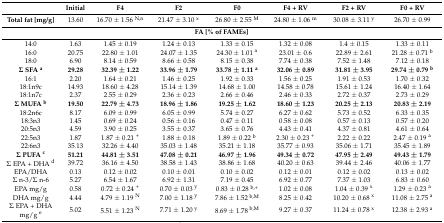
<table><thead><tr><td></td><td><b>Initial</b></td><td><b>F4</b></td><td><b>F2</b></td><td><b>F0</b></td><td><b>F4 + RV</b></td><td><b>F2 + RV</b></td><td><b>F0 + RV</b></td></tr></thead><tbody><tr><td><b>Total fat [mg/g]</b></td><td>13.60</td><td>16.70 ± 1.56 <sup>N,n</sup></td><td>21.47 ± 3.10 <sup>x</sup></td><td>26.80 ± 2.55 <sup>M</sup></td><td>24.80 ± 1.06 <sup>m</sup></td><td>30.08 ± 3.11 <sup>y</sup></td><td>26.70 ± 0.99</td></tr><tr><td colspan="8"><b>FA [% of FAMEs]</b></td></tr><tr><td>14:0</td><td>1.63</td><td>1.45 ± 0.19</td><td>1.24 ± 0.13</td><td>1.33 ± 0.15</td><td>1.32 ± 0.08</td><td>1.4 ± 0.15</td><td>1.33 ± 0.11</td></tr><tr><td>16:0</td><td>20.75</td><td>22.80 ± 1.01</td><td>24.07 ± 1.35</td><td>24.30 ± 1.01 <sup>a</sup></td><td>23.01 ± 0.6</td><td>22.89 ± 2.61</td><td>21.28 ± 0.71 <sup>b</sup></td></tr><tr><td>18:0</td><td>6.90</td><td>8.14 ± 0.59</td><td>8.66 ± 0.58</td><td>8.15 ± 0.38</td><td>7.74 ± 0.38</td><td>7.52 ± 1.48</td><td>7.12 ± 0.18</td></tr><tr><td><b>Σ SFA <sup>a</sup></b></td><td><b>29.28</b></td><td><b>32.39 ± 1.22</b></td><td><b>33.96 ± 1.79</b></td><td><b>33.78 ± 1.11 <sup>a</sup></b></td><td><b>32.06 ± 0.89</b></td><td><b>31.81 ± 3.95</b></td><td><b>29.74 ± 0.79 <sup>b</sup></b></td></tr><tr><td>16:1</td><td>2.20</td><td>1.64 ± 0.21</td><td>1.46 ± 0.25</td><td>1.92 ± 0.33</td><td>1.56 ± 0.25</td><td>1.91 ± 0.53</td><td>1.70 ± 0.32</td></tr><tr><td>18:1n9c</td><td>14.93</td><td>18.60 ± 4.28</td><td>15.14 ± 1.39</td><td>14.68 ± 1.00</td><td>14.58 ± 0.78</td><td>15.61 ± 1.24</td><td>16.40 ± 1.64</td></tr><tr><td>18:1n7c</td><td>2.37</td><td>2.55 ± 0.29</td><td>2.36 ± 0.23</td><td>2.66 ± 0.46</td><td>2.46 ± 0.33</td><td>2.72 ± 0.37</td><td>2.73 ± 0.29</td></tr><tr><td><b>Σ MUFA <sup>b</sup></b></td><td><b>19.50</b></td><td><b>22.79 ± 4.73</b></td><td><b>18.96 ± 1.86</b></td><td><b>19.25 ± 1.62</b></td><td><b>18.60 ± 1.23</b></td><td><b>20.25 ± 2.13</b></td><td><b>20.83 ± 2.19</b></td></tr><tr><td>18:2n6c</td><td>8.17</td><td>6.09 ± 0.99</td><td>6.05 ± 0.99</td><td>5.74 ± 0.27</td><td>6.27 ± 0.62</td><td>5.73 ± 0.52</td><td>6.33 ± 0.35</td></tr><tr><td>18:3n3</td><td>1.45</td><td>0.69 ± 0.24</td><td>0.56 ± 0.16</td><td>0.47 ± 0.11</td><td>0.58 ± 0.08</td><td>0.57 ± 0.13</td><td>0.57 ± 0.20</td></tr><tr><td>20:5n3</td><td>4.59</td><td>3.90 ± 0.25</td><td>3.55 ± 0.37</td><td>3.65 ± 0.76</td><td>4.43 ± 0.41</td><td>4.37 ± 0.81</td><td>4.61 ± 0.64</td></tr><tr><td>22:5n3</td><td>1.87</td><td>1.87 ± 0.21 <sup>+</sup></td><td>1.88 ± 0.18</td><td>1.89 ± 0.22 <sup>b</sup></td><td>2.30 ± 0.23 <sup>+</sup></td><td>2.22 ± 0.22</td><td>2.47 ± 0.19 <sup>a</sup></td></tr><tr><td>22:6n3</td><td>35.13</td><td>32.26 ± 4.40</td><td>35.03 ± 1.48</td><td>35.21 ± 1.18</td><td>35.77 ± 0.93</td><td>35.06 ± 1.71</td><td>35.45 ± 1.89</td></tr><tr><td><b>Σ PUFA <sup>c</sup></b></td><td><b>51.21</b></td><td><b>44.81 ± 3.51</b></td><td><b>47.08 ± 0.21</b></td><td><b>46.97 ± 1.96</b></td><td><b>49.34 ± 0.72</b></td><td><b>47.95 ± 2.49</b></td><td><b>49.43 ± 1.79</b></td></tr><tr><td>Σ EPA + DHA <sup>d</sup></td><td>39.72</td><td>36.16 ± 4.50</td><td>38.58 ± 1.43</td><td>38.86 ± 1.68</td><td>40.20 ± 0.63</td><td>39.44 ± 2.46</td><td>40.06 ± 1.77</td></tr><tr><td>EPA/DHA</td><td>0.13</td><td>0.12 ± 0.02</td><td>0.10 ± 0.01</td><td>0.10 ± 0.02</td><td>0.12 ± 0.01</td><td>0.12 ± 0.02</td><td>0.13 ± 0.02</td></tr><tr><td>Σ n-3/Σ n-6</td><td>5.27</td><td>6.54 ± 1.67</td><td>6.92 ± 1.31</td><td>7.19 ± 0.45</td><td>6.92 ± 0.77</td><td>7.37 ± 1.03</td><td>6.83 ± 0.60</td></tr><tr><td>EPA mg/g</td><td>0.58</td><td>0.72 ± 0.24 <sup>+</sup></td><td>0.70 ± 0.03 <sup>y</sup></td><td>0.83 ± 0.28 <sup>b,+</sup></td><td>1.02 ± 0.08</td><td>1.04 ± 0.39 <sup>x</sup></td><td>1.29 ± 0.23 <sup>a</sup></td></tr><tr><td>DHA mg/g</td><td>4.44</td><td>4.79 ± 1.19 <sup>N</sup></td><td>7.00 ± 1.18 <sup>y</sup></td><td>7.86 ± 1.52 <sup>b,M</sup></td><td>8.25 ± 0.42</td><td>10.20 ± 0.68 <sup>x</sup></td><td>11.08 ± 2.75 <sup>a</sup></td></tr><tr><td>Σ EPA + DHA mg/g <sup>e</sup></td><td>5.02</td><td>5.51 ± 1.23 <sup>N</sup></td><td>7.71 ± 1.20 <sup>y</sup></td><td>8.69 ± 1.78 <sup>b,M</sup></td><td>9.27 ± 0.37</td><td>11.24 ± 0.78 <sup>x</sup></td><td>12.38 ± 2.93 <sup>a</sup></td></tr></tbody></table>